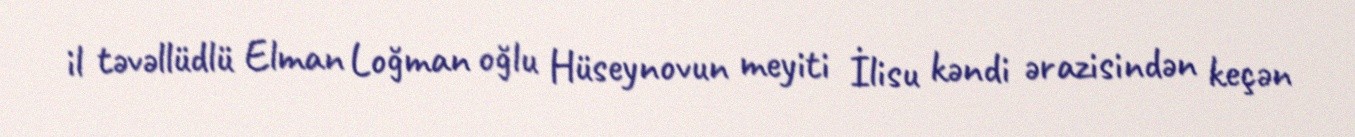
il təvəllüdlü Elman Loğman oğlu Hüseynovun meyiti İlisu kəndi ərazisindən keçən